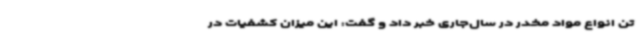
تن انواع مواد مخدر در سال‌جاری خبر داد و گفت: این میزان کشفیات در